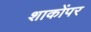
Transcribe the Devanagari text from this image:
शाकोंपर